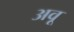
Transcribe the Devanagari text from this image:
अवू